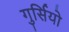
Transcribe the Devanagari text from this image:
गुर्सियो